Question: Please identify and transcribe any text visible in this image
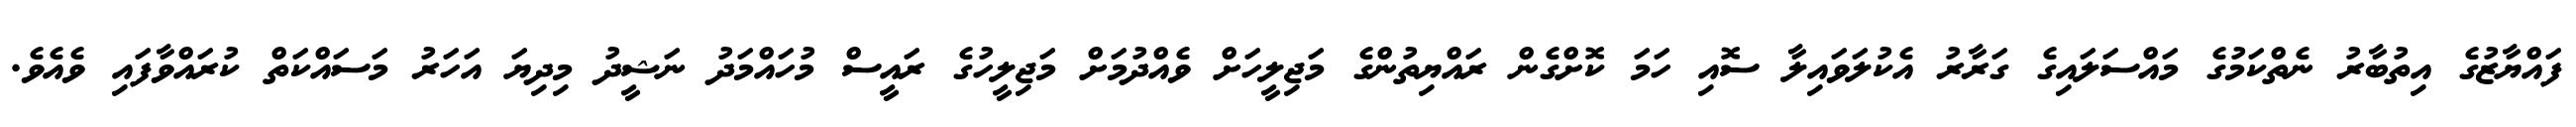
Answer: ފައްޔާޒުގެ އިތުބާރު ނެތްކަމުގެ މައްސަލައިގެ ގަރާރު އެކުލަވައިލާ ސޮއި ހަމަ ކޮށްގެން ރައްޔިތުންގެ މަޖިލީހަށް ވެއްދުމަށް މަޖިލީހުގެ ރައީސް މުހައްމަދު ނަޝީދު މިދިޔަ އަހަރު މަސައްކަތް ކުރައްވާފައި ވެއެވެ.